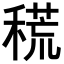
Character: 𥡃